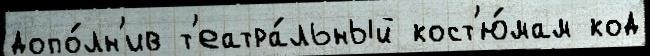
допо́лн'ив т'еатра́льный кост'ю́мам код